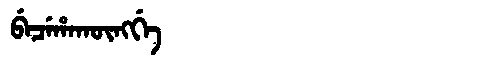
Manchu: ᠪᡝᠴᡝᡥᠠᡴᡡᠩᡤᡝ
Romanization: BECEHAKŪNGGE